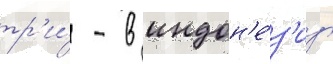
тр'и́ - в индон'е́з'иу